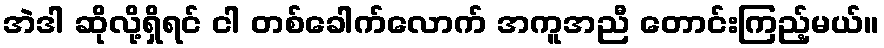
အဲဒါ ဆိုလို့ရှိရင် ငါ တစ်ခေါက်လောက် အကူအညီ တောင်းကြည့်မယ်။